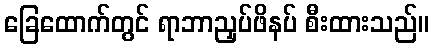
ခြေထောက်တွင် ရာဘာညှပ်ဖိနပ် စီးထားသည်။